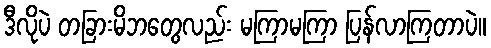
ဒီလိုပဲ တခြားမိဘတွေလည်း မကြာမကြာ ပြန်လာကြတာပဲ။